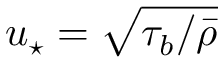
u _ { \star } = \sqrt { \tau _ { b } / \bar { \rho } }